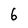
Character: 6